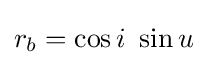
r_{b}=\cos i\ \sin u